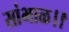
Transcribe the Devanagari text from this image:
सांभाळ।।